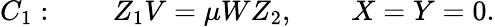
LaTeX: C_{1}:\qquad Z_{1}V=\mu WZ_{2},\qquad X=Y=0.